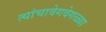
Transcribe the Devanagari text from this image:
त्यांचावेगवेगळ्या